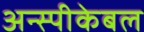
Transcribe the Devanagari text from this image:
अन्स्पीकेबल